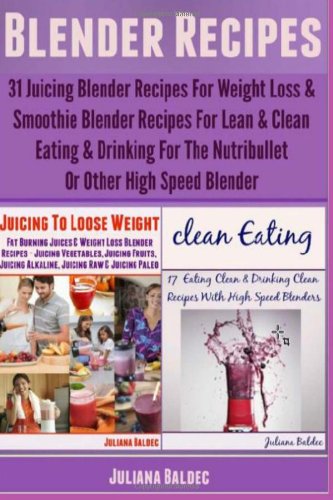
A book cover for Blender Recipes: 31 Juicing Blender Recipes For Weight Loss & Smoothie Blender Recipes; Juliana Baldec; Cookbooks, Food & Wine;